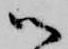
御